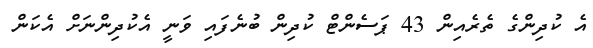
އެ ކުދިންގެ ތެރެއިން 43 ޕަސެންޓް ކުދިން ބުނެފައި ވަނީ އެކުދިންނަށް އެކަން